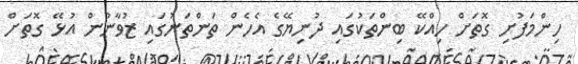
ހިންމަފުށި ގޮތަށް ހިއްކޭ ބިންތަކުގައި ދުނިޔޭގެ އެހެން ތަންތަނުގައި ޒުވާނުން އުޅޭ ގޮތަށް